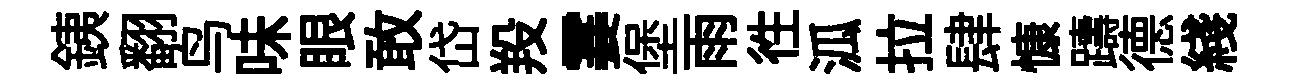
銕翻鸟味眼敢岱羖霎堡雨徃泒拉肆慷躊德綫